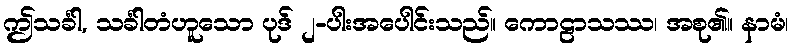
ဤသင်္ခါ, သင်္ခါတံဟူသော ပုဒ် ၂-ပါးအပေါင်းသည်။ ကောဠာသဿ၊ အစု၏။ နာမံ၊